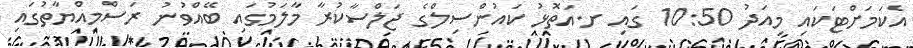
އެކަމަށްޓަކައި މިއަދު 10:50 ގައި ށ.އަތޮޅު ކައުންސިލްގެ ޖަލްސާކުރާ މާލަމުގައި ބޭއްވުނު ރަސްމިއްޔާތުގައި